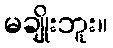
မချိုးဘူး။